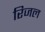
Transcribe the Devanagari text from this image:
रिजल